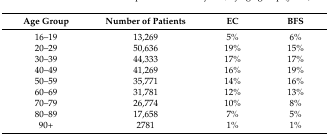
<table><thead><tr><td><b>Age Group</b></td><td><b>Number of Patients</b></td><td><b>EC</b></td><td><b>BFS</b></td></tr></thead><tbody><tr><td>16–19</td><td>13,269</td><td>5%</td><td>6%</td></tr><tr><td>20–29</td><td>50,636</td><td>19%</td><td>15%</td></tr><tr><td>30–39</td><td>44,333</td><td>17%</td><td>17%</td></tr><tr><td>40–49</td><td>41,269</td><td>16%</td><td>19%</td></tr><tr><td>50–59</td><td>35,771</td><td>14%</td><td>16%</td></tr><tr><td>60–69</td><td>31,781</td><td>12%</td><td>13%</td></tr><tr><td>70–79</td><td>26,774</td><td>10%</td><td>8%</td></tr><tr><td>80–89</td><td>17,658</td><td>7%</td><td>5%</td></tr><tr><td>90+</td><td>2781</td><td>1%</td><td>1%</td></tr></tbody></table>